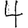
Digit: 4